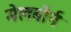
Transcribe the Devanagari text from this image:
मेलबौर्न